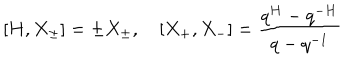
[ H , X _ { \pm } ] = \pm X _ { \pm } , \quad [ X _ { + } , X _ { - } ] = \frac { q ^ { H } - q ^ { - H } } { q - q ^ { - 1 } }